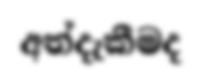
අත්දැකීමද